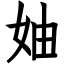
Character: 妯